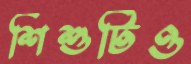
শিশুটিও